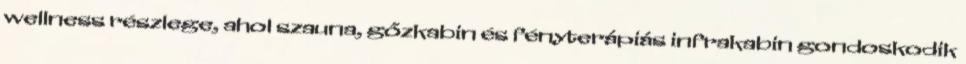
wellness részlege, ahol szauna, gőzkabin és fényterápiás infrakabin gondoskodik